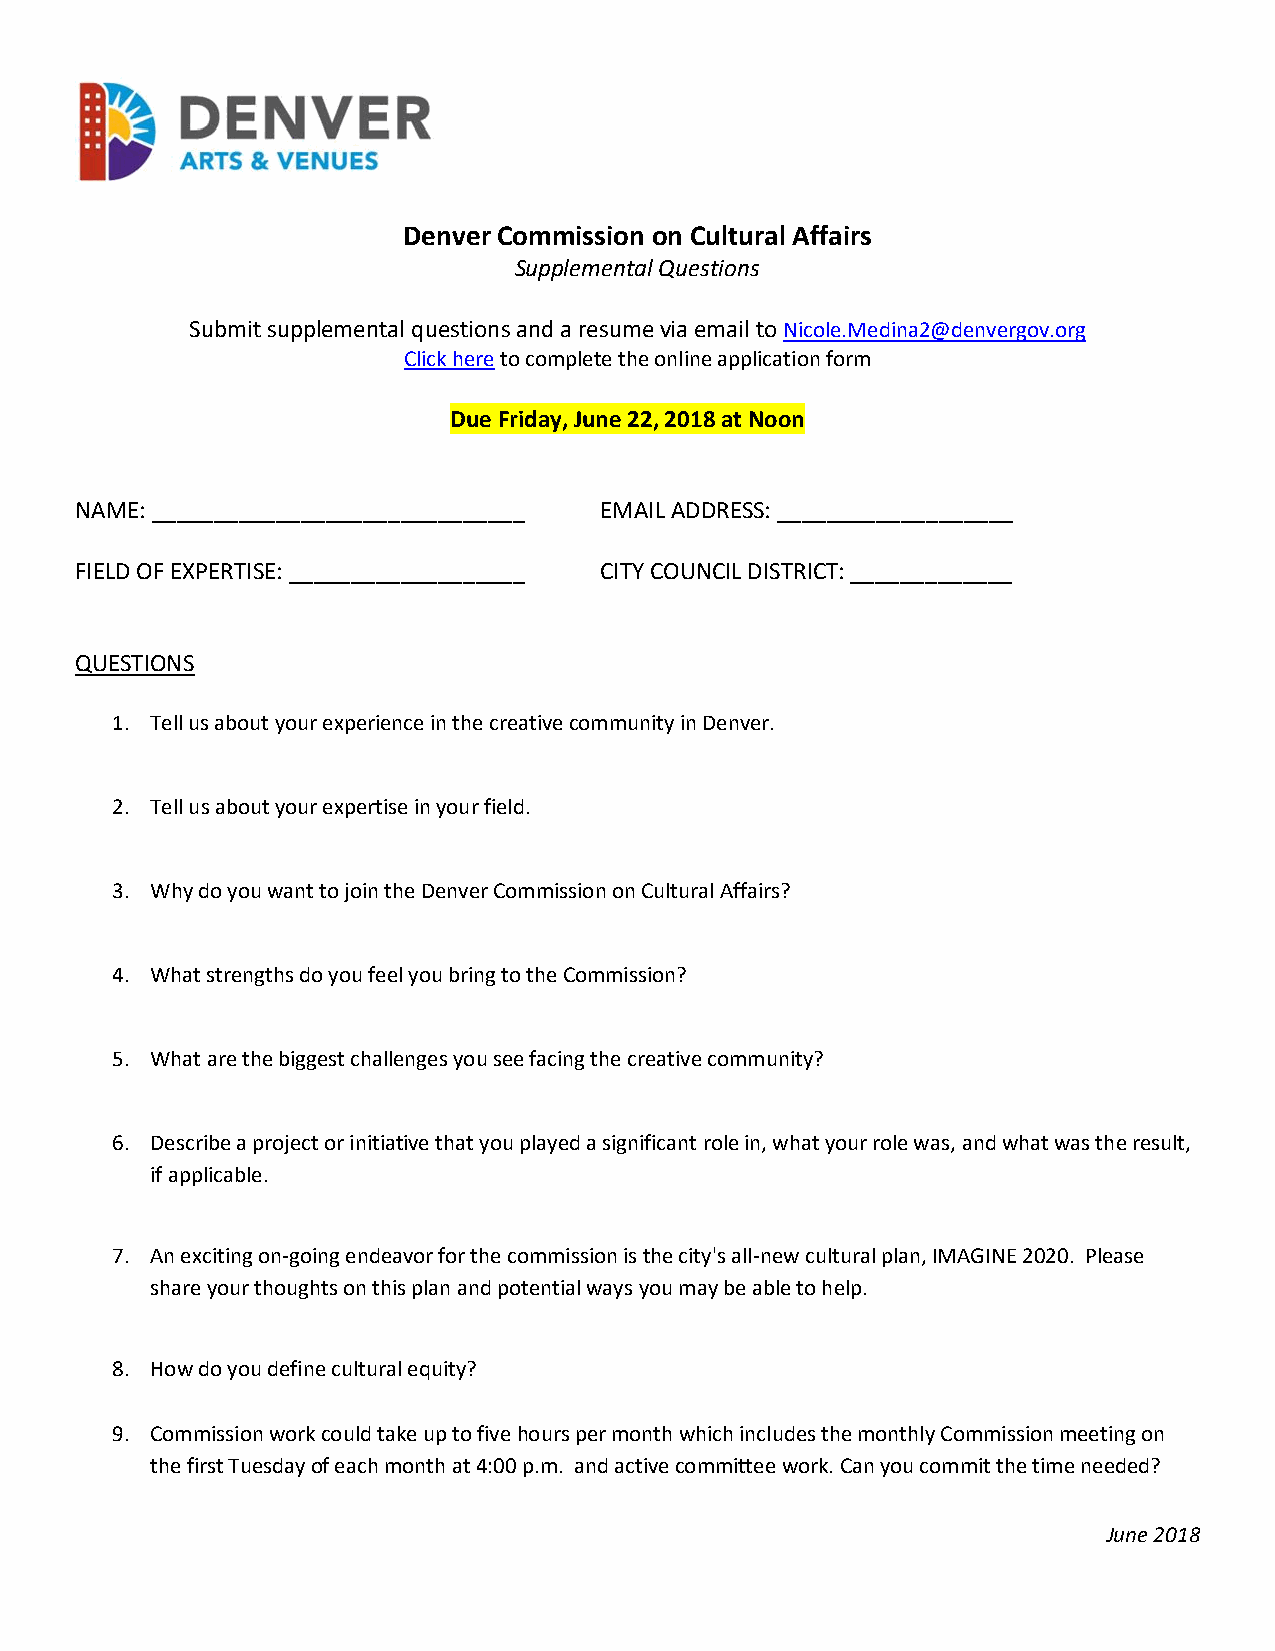
Denver Commission on Cultural Affairs
 Supplemental Questions
 Submit supplemental questions and a resume via email to Nicole.Medina2@denvergov.org
 Click here to complete the online application form
 Due Friday, June 22, 2018 at Noon
 NAME: ______________________________ EMAIL ADDRESS: ___________________
 FIELD OF EXPERTISE: ___________________ CITY COUNCIL DISTRICT: _____________
 QUESTIONS
 1. Tell us about your experience in the creative community in Denver.
 2. Tell us about your expertise in your field.
 3. Why do you want to join the Denver Commission on Cultural Affairs?
 4. What strengths do you feel you bring to the Commission?
 5. What are the biggest challenges you see facing the creative community?
 6. Describe a project or initiative that you played a significant role in, what your role was, and what was the result,
 if applicable.
 7. An exciting on-going endeavor for the commission is the city's all-new cultural plan, IMAGINE 2020. Please
 share your thoughts on this plan and potential ways you may be able to help.
 8. How do you define cultural equity?
 9. Commission work could take up to five hours per month which includes the monthly Commission meeting on
 the first Tuesday of each month at 4:00 p.m. and active committee work. Can you commit the time needed?
 June 2018